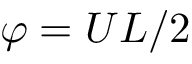
\varphi = U L / 2